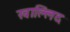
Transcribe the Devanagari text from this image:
खाल्लिद